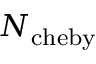
N _ { \mathrm { c h e b y } }